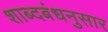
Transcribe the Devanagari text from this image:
शाब्दबंधनुसार